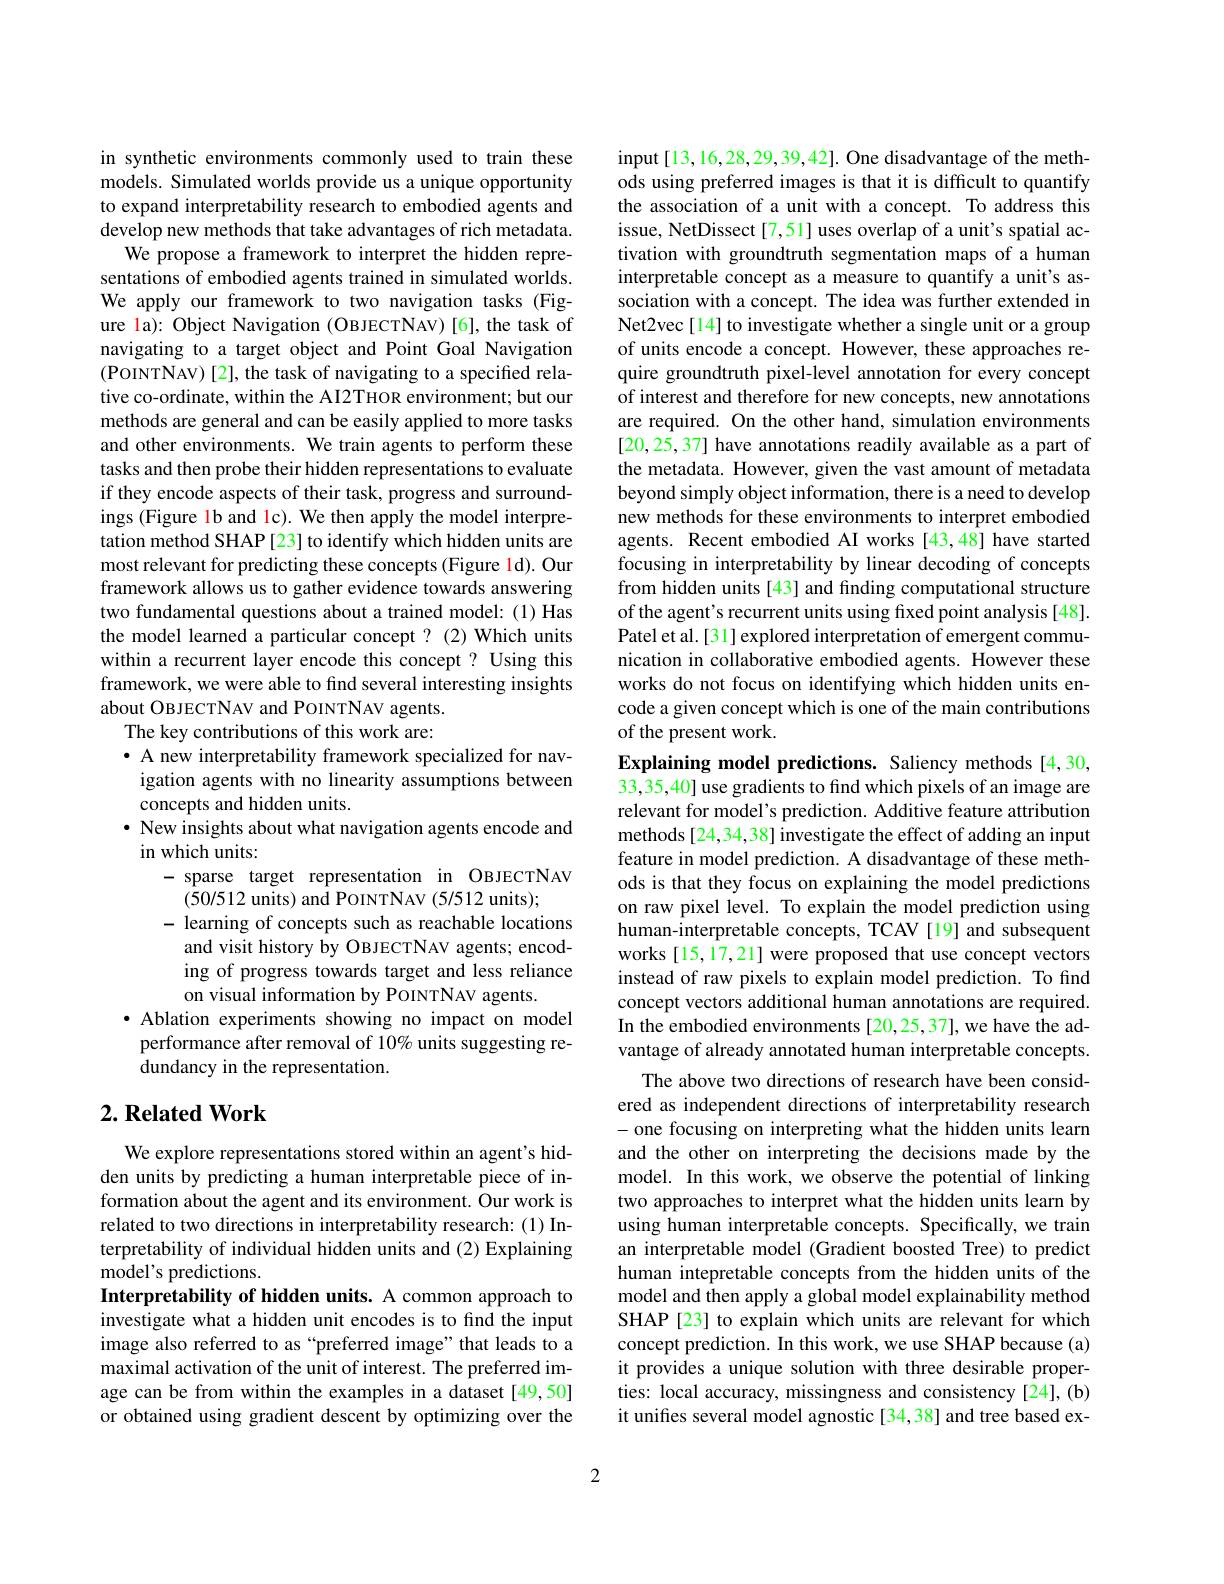
in synthetic environments commonly used to train these models. Simulated worlds provide us a unique opportunity to expand interpretability research to embodied agents and develop new methods that take advantages of rich metadata.
We propose a framework to interpret the hidden representations of embodied agents trained in simulated worlds. We apply our framework to two navigation tasks (Figure la): Object Navigation (OBJECTNAV) [6], the task of navigating to a target object and Point Goal Navigation (POINTNAV)[2], the task of navigating to a specified relative co-ordinate, within the AI2THOR environment; but our methods are general and can be easily applied to more tasks and other environments. We train agents to perform these tasks and then probe their hidden representations to evaluate if they encode aspects of their task, progress and surroundings (Figure 1b and 1c). We then apply the model interpretation method SHAP [23] to identify which hidden units are most relevant for predicting these concepts (Figure 1d). Our framework allows us to gather evidence towards answering two fundamental questions about a trained model: (1) Has the model learned a particular concept? (2) Which units within a recurrent layer encode this concept? Using this framework, we were able to find several interesting insights about OBJECTNAV and POINTNAV agents.
The key contributions of this work are:
· A new interpretability framework specialized for nav-
igation agents with no linearity assumptions between
concepts and hidden units.
$\cdot$ New insights about what navigation agents encode and
in which units:
-sparse target representation in OBJECTNAV
(50/512 units) and PoINTNAV (5/512 units);
- learning of concepts such as reachable locations
and visit history by OBJECTNAV agents; encoding of progress towards target and less reliance on visual information by POINTNAV agents.
· Ablation experiments showing no impact on model
performance after removal of 10% units suggesting re-
dundancy in the representation.

## $2. \textbf{Related Work}$

We explore representations stored within an agent's hidden units by predicting a human interpretable piece of information about the agent and its environment. Our work is related to two directions in interpretability research:(1) Interpretability of individual hidden units and (2) Explaining model's predictions.
Interpretability of hidden units. A common approach to investigate what a hidden unit encodes is to find the input image also referred to as“preferred image”that leads to a maximal activation of the unit of interest. The preferred image can be from within the examples in a dataset [49,50] or obtained using gradient descent by optimizing over the

input[13,16,28,29,39,42]. One disadvantage of the methods using preferred images is that it is difficult to quantify the association of a unit with a concept. To address this issue, NetDissect[7,51] uses overlap of a unit's spatial activation with groundtruth segmentation maps of a human interpretable concept as a measure to quantify a unit's association with a concept. The idea was further extended in Net2vec[14] to investigate whether a single unit or a group of units encode a concept. However, these approaches require groundtruth pixel-level annotation for every concept of interest and therefore for new concepts, new annotations are required. On the other hand, simulation environments [20,25,37] have annotations readily available as a part of the metadata. However, given the vast amount of metadata beyond simply object information, there is a need to develop new methods for these environments to interpret embodied agents. Recent embodied AI works [43,48] have started focusing in interpretability by linear decoding of concepts from hidden units [43] and finding computational structure of the agent's recurrent units using fixed point analysis [48]. Patel et al.[31] explored interpretation of emergent communication in collaborative embodied agents. However these works do not focus on identifying which hidden units encode a given concept which is one of the main contributions of the present work.
Explaining model predictions. Saliency methods [4,30,

33,35,40] use gradients to find which pixels of an image are relevant for model's prediction. Additive feature attribution methods [24,34,38] investigate the effect of adding an input feature in model prediction. A disadvantage of these methods is that they focus on explaining the model predictions on raw pixel level. To explain the model prediction using human-interpretable concepts, TCAV [19] and subsequent works [15,17,21] were proposed that use concept vectors instead of raw pixels to explain model prediction. To find concept vectors additional human annotations are required. In the embodied environments [20,25,37], we have the advantage of already annotated human interpretable concepts.
The above two directions of research have been considered as independent directions of interpretability research - one focusing on interpreting what the hidden units learn and the other on interpreting the decisions made by the model. In this work, we observe the potential of linking two approaches to interpret what the hidden units learn by using human interpretable concepts. Specifically, we train an interpretable model (Gradient boosted Tree) to predict human intepretable concepts from the hidden units of the model and then apply a global model explainability method SHAP [23] to explain which units are relevant for which concept prediction. In this work, we use SHAP because (a) it provides a unique solution with three desirable properties: local accuracy, missingness and consistency [24], (b) it unifes several model agnostic [34,38] and tree based ex-
2